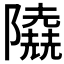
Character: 𨽐